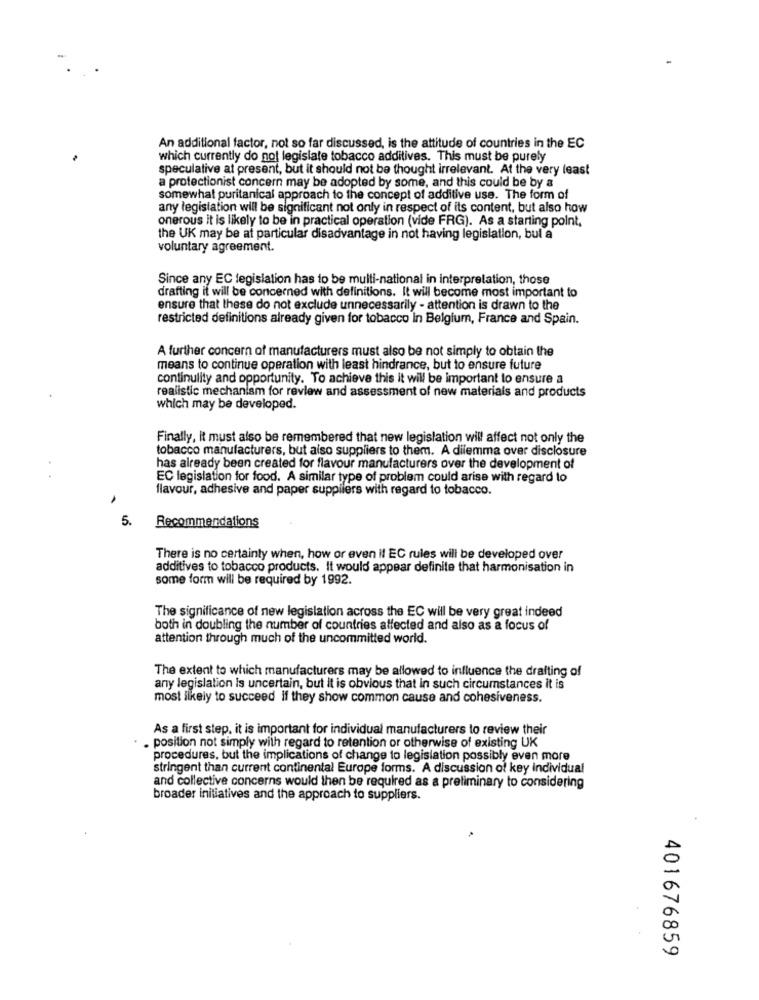
An additional factor, not so far discussed, is the attitude of countries in the EC
which currently do not legislate tobacco additives. This must be purely
speculative at present, but it should not be thought irrelevant. At the very least
a protectionist concern may be adopted by some, and this could be by a
somewhat puritanical approach to the concept of additive use. The form of
any legislation will be significant not only in respect of its content, but also how
onerous it is likely to be in practical operation (vide FRG). As a starting point,
the UK may be at particular disadvantage in not having legislation, bul a
voluntary agreement.
Since any EC legislation has to be multi-national in interpretation, those
drafting it will be concerned with definitions. It will become most important to
ensure that these do not exclude unnecessarily - attention is drawn to the
restricted definitions already given for tobacco in Belgium, France and Spain.
A further concern of manufacturers must also be not simply to obtain the
means to continue operation with least hindrance, but to ensure future
continulity and opportunity. To achieve this it will be important to ensure a
realistic mechanism for review and assessment of new materials and products
which may be developed.
Finally, it must also be remembered that new legislation will affect not only the
tobacco manufacturers, but also suppliers to them. A dilemma over disclosure
has already been created for flavour manufacturers over the development of
EC legislation for food. A similar type of problem could arise with regard to
flavour, adhesive and paper suppliers with regard to tobacco.
5.
Recommendations
There is no certainty when, how or even il EC rules will be developed over
additives to tobacco products. It would appear definite that harmonisation in
some form will be required by 1992.
The significance of new legislation across the EC will be very great indeed
both in doubling the number of countries affected and also as a focus of
attention through much of the uncommitted world.
The extent to which manufacturers may be allowed to influence the drafting of
any legislation is uncertain, but it is obvious that in such circumstances it is
most ilkely to succeed if they show common cause and cohesiveness.
As a first step. it is important for individual manufacturers to review their
. position not simply with regard to retention or otherwise of existing UK
procedures, but the implications of change to legislation possibly even more
stringent than current continental Europe forms. A discussion of key individual
and collective concerns would then be required as a preliminary to considering
broader initiatives and the approach to suppliers.
401676859